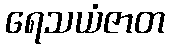
ရေသယံဇာတ